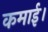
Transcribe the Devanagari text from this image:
कमाई।